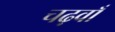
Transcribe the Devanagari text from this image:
चढ़वाँ